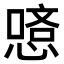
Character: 𠼿